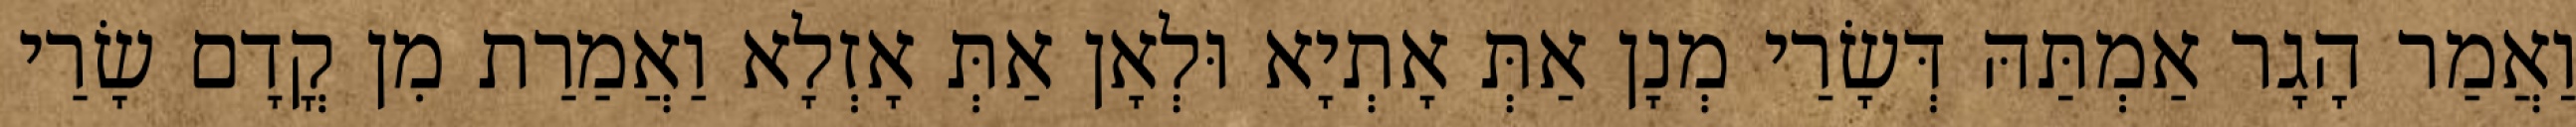
וַאֲמַר הָגָר אַמְתַּהּ דְּשָׂרַי מְנָן אַתְּ אָתְיָא וּלְאָן אַתְּ אָזְלָא וַאֲמַרַת מִן קֳדָם שָׂרַי